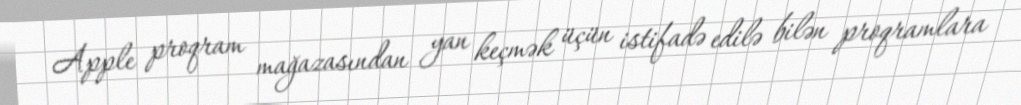
Apple proqram mağazasından yan keçmək üçün istifadə edilə bilən proqramlara